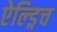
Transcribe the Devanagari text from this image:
ऐल्ड्रिच